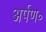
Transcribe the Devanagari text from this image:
अर्पण॰